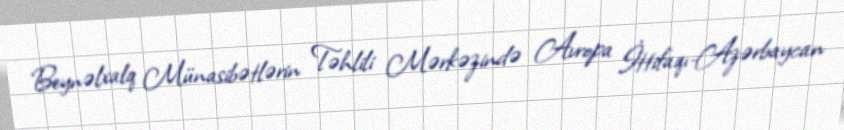
Beynəlxalq Münasibətlərin Təhlili Mərkəzində Avropa İttifaqı-Azərbaycan